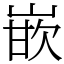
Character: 嵌